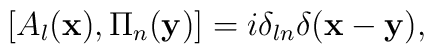
[A_l({\bf x}),\Pi_n({\bf y})] = i\delta_{ln}\delta({\bf x-y}),